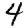
Digit: 4